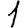
Digit: 1